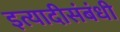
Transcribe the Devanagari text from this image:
इत्यादीसंबंधी